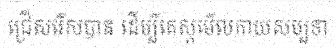
ជ្រើសរើសបាន ដើម្បីតេស្តមើលកាយសម្បទា